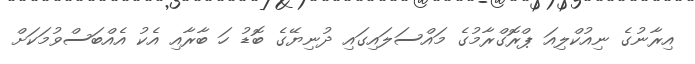
އިރާނުގެ ނިއުކްލިއަ ޕްރޮގްރާމުގެ މައްސަލައިގައި ދުނިޔޭގެ ބޮޑު ހަ ބާރާއި އެކު އެއްބަސްވުމަކަށް